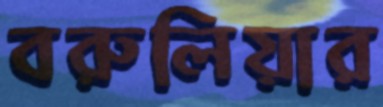
বরুলিয়ার